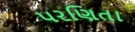
પરણિતા